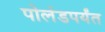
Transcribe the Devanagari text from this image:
पोलंडपर्यंत